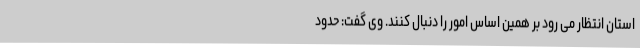
استان انتظار می رود بر همین اساس امور را دنبال کنند. وی گفت: حدود